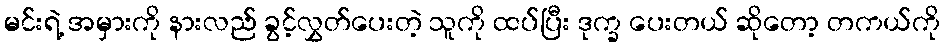
မင်းရဲ့ အမှားကို နားလည် ခွင့်လွှတ်ပေးတဲ့ သူကို ထပ်ပြီး ဒုက္ခ ပေးတယ် ဆိုတော့ တကယ်ကို